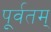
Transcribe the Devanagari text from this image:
पूर्वतम्